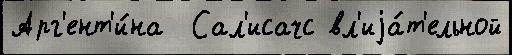
Арг'ент'и́на  Сал'исачс вл'иjа́т'ельной